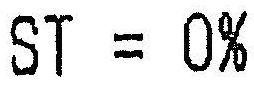
ST = 0%